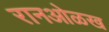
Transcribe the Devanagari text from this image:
रानओळख